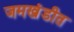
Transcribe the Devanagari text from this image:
जमखंडीत